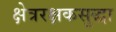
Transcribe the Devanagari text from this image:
क्षेत्ररक्षकसुद्धा